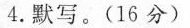
4.默写。(16分)